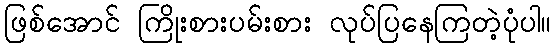
ဖြစ်အောင် ကြိုးစားပမ်းစား လုပ်ပြနေကြတဲ့ပုံပါ။